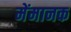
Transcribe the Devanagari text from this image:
मेंमानक